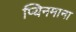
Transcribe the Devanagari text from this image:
प्यिनमाना